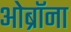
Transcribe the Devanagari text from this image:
ओब्रॉना